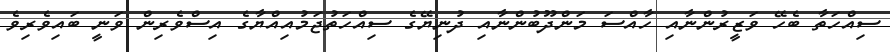
ސިއްހަތާ ބެހޭ ވަޒީރުންނާއި ހާއްސަ މަންދޫބުންނާއި ދުނިޔޭގެ ސިއްހަތުޖަމުއިއްޔާގެ އިސްވެރިން ވަނީ ބައިވެރިވެ